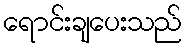
ရောင်းချပေးသည်